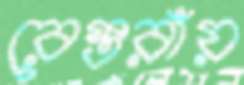
রেস্তরাঁয়